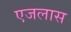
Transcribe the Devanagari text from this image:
एजलास